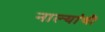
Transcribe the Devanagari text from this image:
नाल्यांची